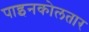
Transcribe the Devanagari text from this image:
पाइनकोलतार